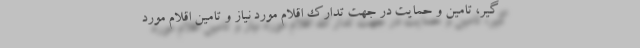
گیر، تامین و حمایت در جهت تدارک اقلام مورد نیاز و تامین اقلام مورد